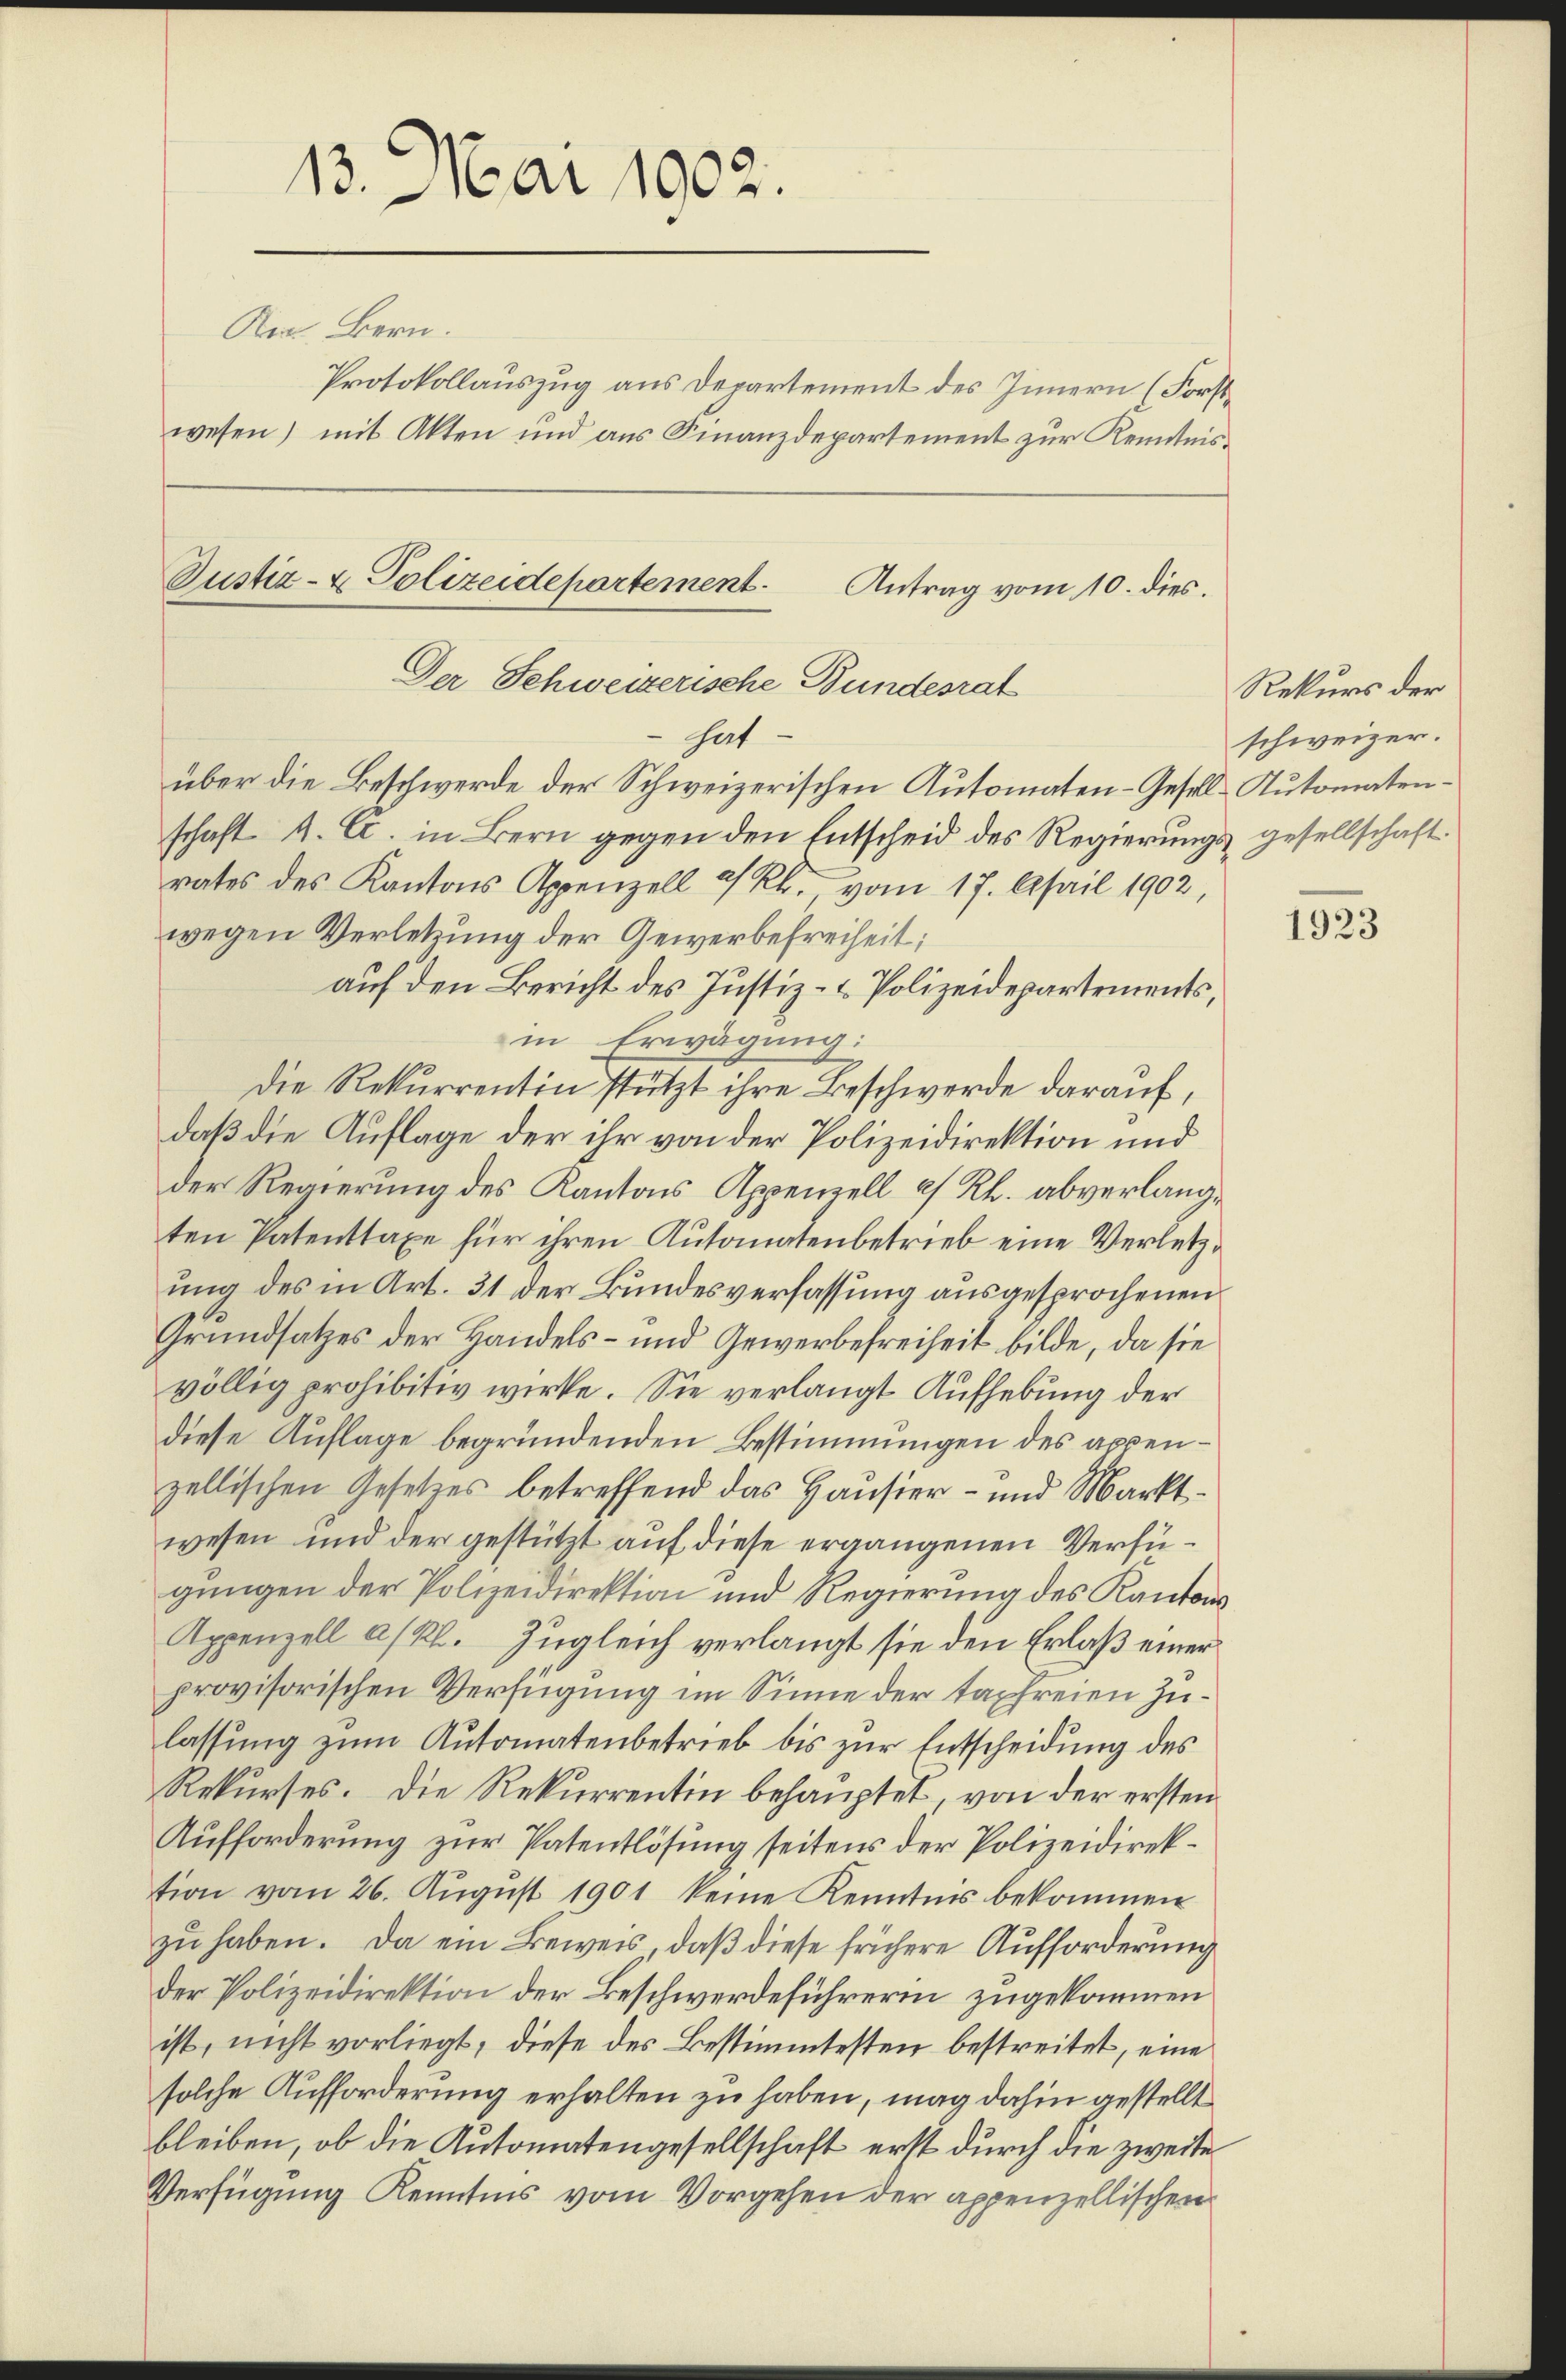
13. Mai 1902.
Aig Bern.
Protokollauszug aus Departement des Innern (Forstwesen) mit Akten und aus Finanzdepartement zur Kenntnis¬

Justiz- & Polizeidepartement.
Antrag vom 10. dies.
Der Schweizerische Bundesrat
hat

über die Beschwerde der Schweizerischen Automaten-Gesell-Rutomatenschaft A. C. in Bern gegen den Entscheid des Regierungs gesellschaft.
rates des Kantons Appenzell a/Rh., vom 17. April 1902,
wegen Verletzung der Gewerbefreiheit;
auf den Bericht des Justiz- & Polizeidepartements,
in Erwägung:
Die Rekurrentin stützt ihre Beschwerde darauf,
daß die Auflage der ihr von der Polizeidirektion und
der Regierung des Kantons Appenzell a. Rh. abverlangten Patenttaxe für ihren Automatenbetrieb eine Verletzung des in Art. 31 der Bundesverfassung ausgesprochenen
Grundsatzes der Handels- und Gewerbefreiheit bilde, da sie
völlig prohibitiv wirke. Sie verlangt Aufhebung der
diese Auflage begründenden Bestimmungen des appenzellischen Gesetzes betreffend das Hausier- und Marktwesen und der gestützt auf diese ergangenen Verfügungen der Polizeidirektion und Regierung des Kantons
Appenzell a/Rh. Zugleich verlangt sie den Erlaß einer
provisorischen Verfügung im Sinne der tapfreien Zulassung zum Automatenbetrieb bis zur Entscheidung des
Rekurses. Die Rekurrentin behauptet, von der ersten
Aufforderung zur Patentlösung seitens der Polizeidirektion vom 26. Aŭgŭst 1901 keine Kenntnis bekommen
zu haben. Da ein Beweis, daß diese frühere Aufforderung
der Polizeidirektion der Beschwerdeführerin zugekommen
ist, nicht vorliegt, diese des Bestimmtesten bestreitet, eine
solche Aufforderung erhalten zu haben, mag dahin gestellt
bleiben, ob die Automatengesellschaft erst durch die zweite
Verfügung Kenntnis vom Vorgehen der appenzellischen

Rekurs der
schweizer.

1923